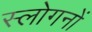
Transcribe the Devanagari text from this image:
स्लोगनों